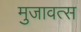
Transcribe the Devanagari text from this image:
मुजावत्स